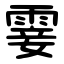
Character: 霎